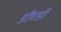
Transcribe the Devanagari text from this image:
डौण्डी